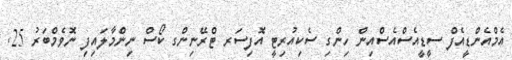
އެމްއެންޑީއެފް ސީޑީއެސްއެސްއިން ހިންގި ސެކިއުރިޓީ އޮފިސަރ ޓްރޭނިންގ ކޯސް ނިންމާލައިފި ނޮވެމްބަރު 25